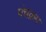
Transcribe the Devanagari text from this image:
पंचक्रम